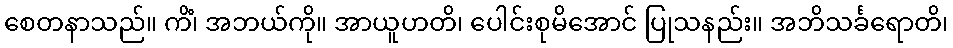
စေတနာသည်။ ကိံ၊ အဘယ်ကို။ အာယူဟတိ၊ ပေါင်းစုမိအောင် ပြုသနည်း။ အဘိသင်္ခရောတိ၊